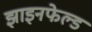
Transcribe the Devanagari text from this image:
झाइनफेल्ड